Report on metropolitan horse fairs and district horse shows of 1891-92 - 1891-1892
Year: 1891
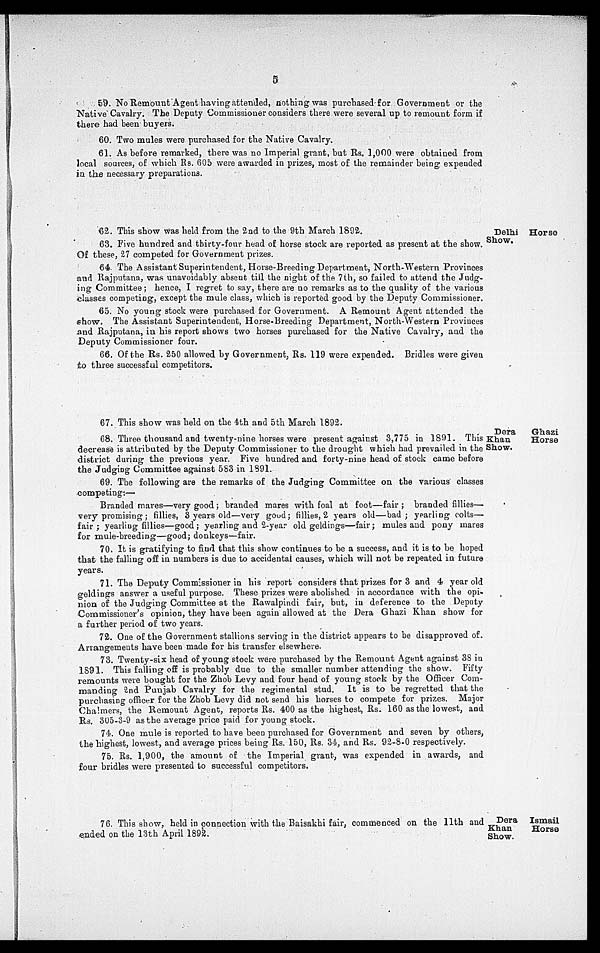
5
59. No Remount Agent having
Native Cavalry. The Deputy C
there had been buyers.
60. Two mules were purchase
61. As before remarked, there
local sources, of which Rs. 60
in the necessary preparations.
Delhi Horse
Show.
62. This show was held from the 2nd to the 9th March 1892.
63. Five hundred and thirty-four head of horse stock are reported as present at the show.
Of these, 27 competed for Government prizes.
64. The Assistant Superintendent, Horse-Breeding Department, North-Western Provinces
and Rajputana, was unavoidably absent till the night of the 7th, so failed to attend the Judg-
ing Committee; hence, I regret to say, there are no remarks as to the quality of the various
classes competing, except the mule class, which is reported good by the Deputy Commissioner.
65. No young stock were purchased for Government. A Remount Agent attended the
show. The Assistant Superintendent, Horse-Breeding Department, North-Western Provinces
and Rajputana, in. his report shows two horses purchased for the Native Cavalry, and the
Deputy Commissioner four.
66. Of the Rs. 250 allowed by Government, Rs. 119 were expended. Bridles were given
to three successful competitors.
Dera
Ghazi
Khan
Horse
Show.
67. This show was held on the 4th and 5th March 1892.
68. Three thousand and twenty-nine horses were present against 3,775 in 1891. This
decrease is attributed by the Deputy Commissioner to the drought which had prevailed in the
district during the previous year. Five hundred and forty-nine head of stock came before
the Judging Committee against 583 in 1891.
69. The following are the remarks of the Judging Committee on the various classes
competing:—
Branded mares—very good; branded mares with foal at foot—fair; branded fillies—
very promising; fillies, 3 years old—very good; fillies, 2 years old—bad; yearling colts—
fair; yearling fillies—good; yearling and 2-year old geldings—fair; mules and pony mares
for mule-breeding—good; donkeys—fair.
70. It is gratifying to find that this show continues to be a success, and it is to be hoped
that the falling off in numbers is due to accidental causes, which will not be repeated in future
years.
71. The Deputy Commissioner in his report considers that prizes for 3 and 4 year old
geldings answer a useful purpose. These prizes were abolished in accordance with the opi-
nion of the Judging Committee at the Rawalpindi fair, but, in deference to the Deputy
Commissioner's opinion, they have been again allowed at the Dera Ghazi Khan show for
a further period of two years.
72. One of the Government stallions serving in the district appears to be disapproved of.
Arrangements have been made for his transfer elsewhere.
73. Twenty-six head of young stock were purchased by the Remount Agent against 38 in
1891. This falling off is probably due to the smaller number attending the show. Fifty
remounts were bought for the Zhob Levy and four head of young stock by the Officer Com-
manding 2nd Punjab Cavalry for the regimental stud.
It is to be regretted that the
purchasing officer for the Zhob Levy did not send his horses to compete for prizes. Major
Chalmers, the Remount Agent, reports Rs. 400 as the highest, Rs. 160 as the lowest, and
Rs. 305-3-9 as the average price paid for young stock.
74. One mule is reported to have been purchased for Government and seven by others,
the highest, lowest, and average prices being Rs. 150, Rs. 34, and Rs. 92-8-0 respectively.
75. Rs. 1,900, the amount of the Imperial grant, was expended in awards, and
four bridles were presented to successful competitors.
Dera
Ismail
Khan
Horse
Show.
76. This show, held in connection with the Baisakhi fair, commenced on the 11th and
ended on the 13th April 1892.